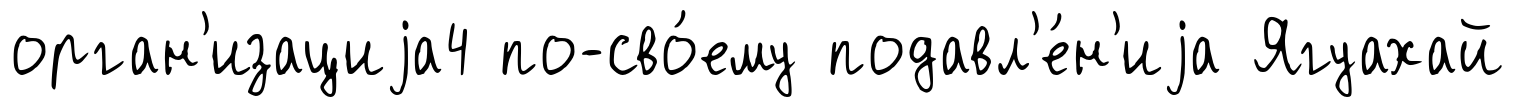
орган'изациjа4 по-сво́ему подавл'е́н'иjа Ягуахай